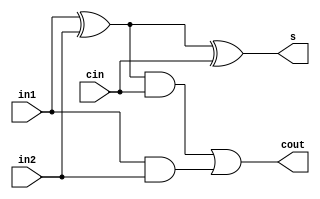
//FADD1 
module FADD1 (in1, in2, s, cin, cout); 
input  in1, in2, cin; //port declaration in1 and in2 are inputs a and b for the adder, cin is Carry in
output s, cout; //port dec S is sum and cout is carry out
wire   out1, out2, out3; //internal variables between gates
//using built in-gates, the following gate-level modeling arranges a 1-bit full adder
xor g1 (out1, in1, in2);
xor g2 (s, out1, cin);
and g3 (out2, out1, cin);
and g4 (out3, in1, in2);
or g5  (cout, out2, out3);

endmodule

//TOP MODULE
module JLAPANEMUL4 (inputa, inputb, Output_P_eq_ab); 
//using different naming convention for readability 
input [3:0] inputa, inputb;
output [7:0] Output_P_eq_ab;
wire [7:0] internal_x, internal_y, internal_z; // internal wires between ANDs and FADD, see //#
wire [8:0] carry;

assign internal_x[3] = 1'b0;

//inputs initial and
and (Output_P_eq_ab[0], inputa[0], inputb[0]);
and (internal_x[0], inputa[1], inputb[0]);
and (internal_x[1], inputa[2], inputb[0]);
and (internal_x[2], inputa[3], inputb[0]);
//group0 and+FADD 
and (internal_x[4], inputa[0], inputb[1]); //0, x wires go from AND gate to FADD module
and (internal_x[5], inputa[1], inputb[1]); //0
and (internal_x[6], inputa[2], inputb[1]); //0
and (internal_x[7], inputa[3], inputb[1]); //0

FADD1 A1 (internal_x[0],internal_x[4], Output_P_eq_ab[1], 1'b0, carry[0]); //0 internal_x[#] //wires are inputs
FADD1 A2 (internal_x[1],internal_x[5], internal_y[0], carry[0], carry[1]); //0 //internal_y[#] //wires are outputs to next set of FADDs
FADD1 A3 (internal_x[2],internal_x[6], internal_y[1], carry[1], carry[2]); //0
FADD1 A4 (internal_x[3],internal_x[7], internal_y[2], carry[2], internal_y[3]); //0

//group1 and+FADD 
and (internal_y[4], inputa[0], inputb[2]); //1 internal_y[#] wires are outputs to FADD1 B#
and (internal_y[5], inputa[1], inputb[2]); //1
and (internal_y[6], inputa[2], inputb[2]); //1
and (internal_y[7], inputa[3], inputb[2]); //1

FADD1 B1 (internal_y[0],internal_y[4], Output_P_eq_ab[2], 1'b0, carry[3]); //1
FADD1 B2 (internal_y[1],internal_y[5], internal_z[0], carry[3], carry[4]); //1
FADD1 B3 (internal_y[2],internal_y[6], internal_z[1], carry[4], carry[5]); //1
FADD1 B4 (internal_y[3],internal_y[7], internal_z[2], carry[5], internal_z[3]); //1

//group2 and+FADD
and (internal_z[4], inputa[0], inputb[3]); //2 internal_z[#] wires are outputs to FADD1 C#
and (internal_z[5], inputa[1], inputb[3]); //2
and (internal_z[6], inputa[2], inputb[3]); //2
and (internal_z[7], inputa[3], inputb[3]); //2

FADD1 C1 (internal_z[0], internal_z[4], Output_P_eq_ab[3], 1'b0, carry[6]); //2
FADD1 C2 (internal_z[1], internal_z[5], Output_P_eq_ab[4], carry[6], carry[7]); //2
FADD1 C3 (internal_z[2], internal_z[6], Output_P_eq_ab[5], carry[7], carry[8]); //2
FADD1 C4 (internal_z[3], internal_z[7], Output_P_eq_ab[6], carry[8], Output_P_eq_ab[7]);  //2

endmodule

// colorized in MS Word using notepad++